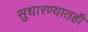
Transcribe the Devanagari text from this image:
सुधारण्यातही